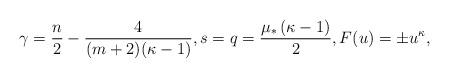
LaTeX: \begin{align*} \gamma=\frac {n} 2-\frac{4}{ (m+2) (\kappa-1)}, s=q=\frac{\mu_\ast\left(\kappa-1\right) } 2, F(u)=\pm u^\kappa,\end{align*}